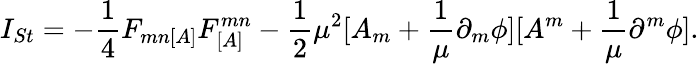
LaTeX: I_{St}=-\frac{1}{4}F_{mn[A]}F_{[A]}^{mn}-\frac{1}{2}\mu^{2}[A_{m}+\frac{1}{\mu}\partial_{m}\phi][A^{m}+\frac{1}{\mu}\partial^{m}\phi].